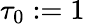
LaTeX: \tau_{0}:=1